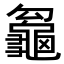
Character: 𪚵